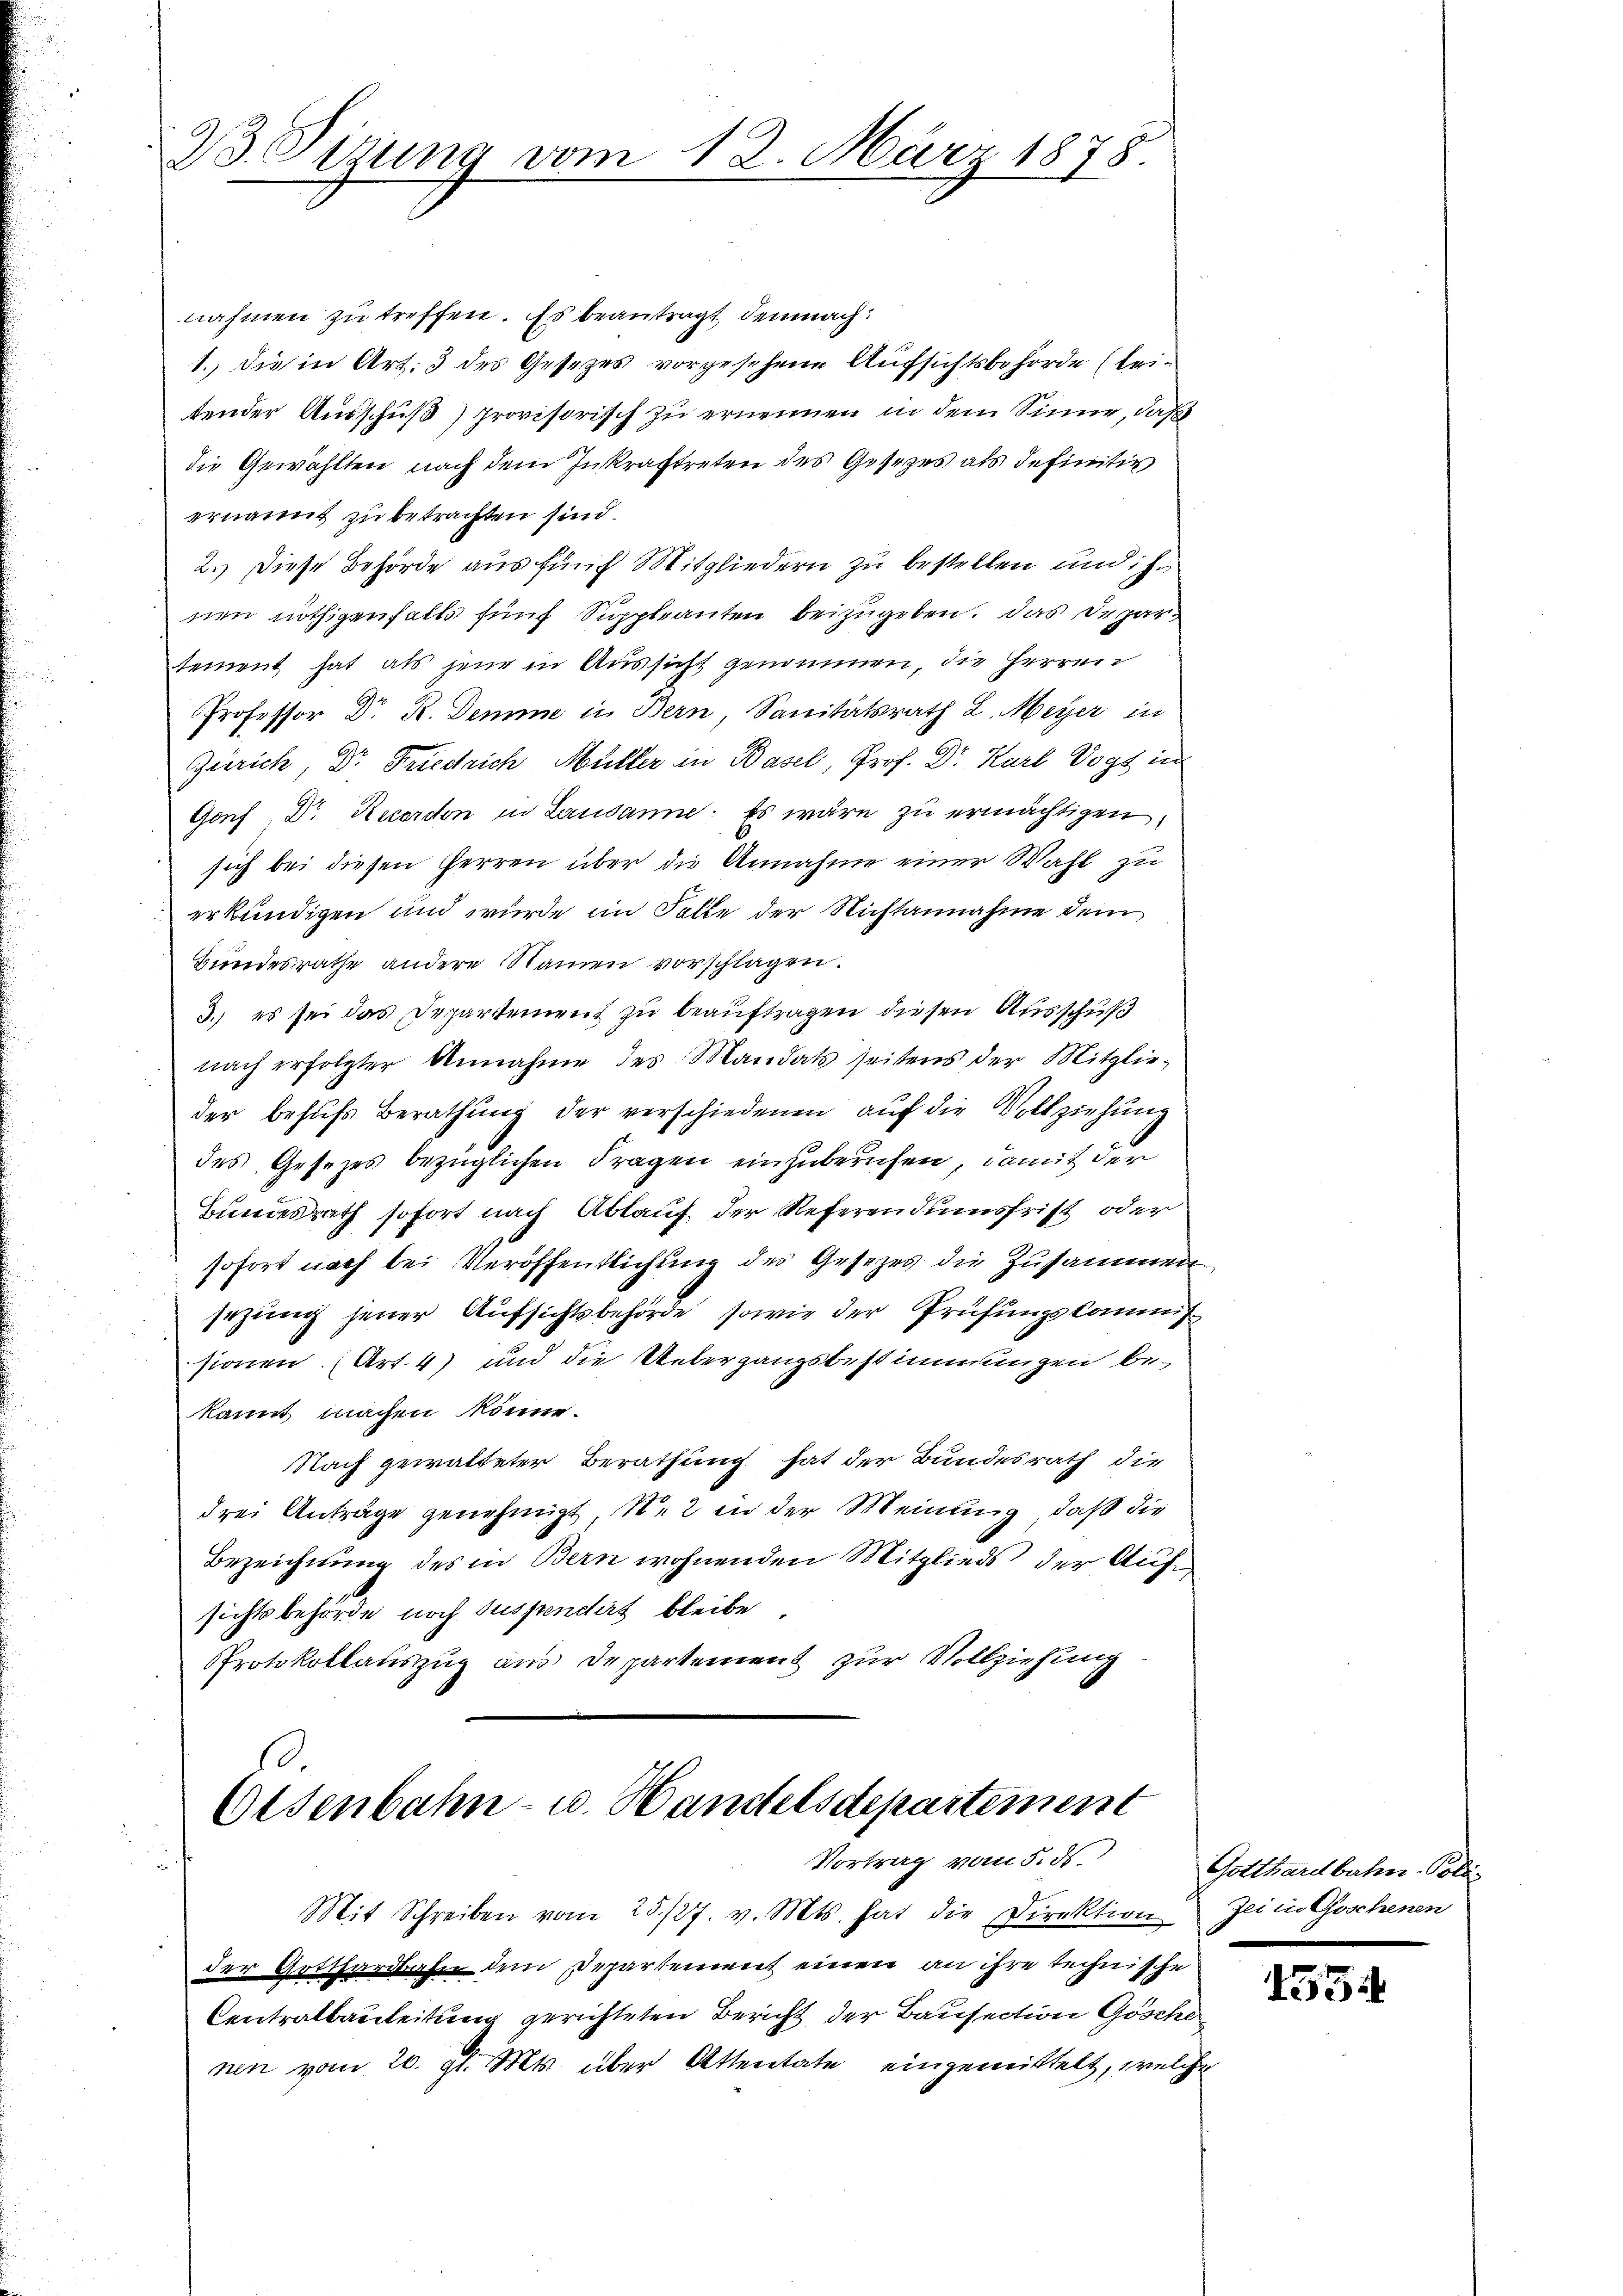
B Sitzung vom 12. März 1878.

nahmen zu treffen. Es beantragt demnach:
1. die in Art. 3 des Gesetzes vorgesehene Aufsichtsbehörde (leitender Ausschuß) provisorisch zu ernennen in dem Sinne, daß
die Gewählten nach dem Inkraftreten des Gesezes als definitiv
ernannt zu betrachten sind.
2.) Diese Behörde aus fünf Mitgliedern zu bestellen und ih
nen nöthigenfalls fünf Suppleanten beizugeben. Das Depar
sement hat als jene in Aussicht genommen, die Herrei¬
Professor Dr R. Demme in Bern, Sanitätsrath L. Meyer in
Zürich, Dr. Friedrich, Müller in Basel, Prof. Dr. Karl Vogt in
Genf, Dr. Recorden in Lausanne: Es wäre zu ermächtigen,
sich bei diesen Herren über die Annahme einer Wahl zu
erkundigen und wurde im Falle der Nichtannahme dem
Bundesrathe andere Namen vorschlagen.
3.) es sei das Departement zu beauftragen diesen Ausschuß
nach erfolgter Annahme des Mandats seitens der Mitglieder behŭfs Berathung der verschiedenen auf die Vollziehung
des Gesezes bezüglichen Fragen einhuberuhen, damit der
Bundesrath sofort nach Ablauf der Referendumsfrist oder
sofort nach bei Veröffentlichung der Gesetzes die Zusammen
sezung jener Aufsichtsbehörde, sowie der Prüfungskommissionen (Art. 4) und die Uebergangsbestimmungen bekannt machen könne.
Nach gewalteter Berathung hat der Bundesrath die
drei Anträge genehmigt S. 2 in der Meinung, daß die
Bezeichnung des in Bern wohnenden Mitglieds der Auf
sichtsbehörde noch Suspendirt bleibe.
Protokollauszug aus Departement zur Vollziehung

Olsenbahn- u. Handelsdepartement
Vortrag vom 5. d.

Mit Schreiben vom 25./27. v. Mts. hat die Direktion Zei in Goschenen
der Gotthardbahn dem Departement einen an ihre technische
Centralbauleitung gerichteten Bericht der Bausection Gösche
nen vom 20. gl. Mts. über Attentate eingemittelt, welcher

Gotthardbahn- Poliz

1554